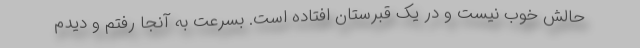
حالش خوب نیست و در یک قبرستان افتاده است. بسرعت به آنجا رفتم و دیدم